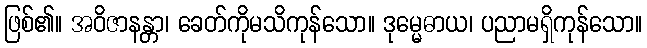
ဖြစ်၏။ အဝိဇာနန္တာ၊ ခေတ်ကိုမသိကုန်သော။ ဒုမ္မေဓာယ၊ ပညာမရှိကုန်သော။